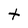
Character: t